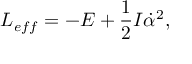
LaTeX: L _ { e f f } = - E + \frac { 1 } { 2 } { \cal I } \dot { \alpha } ^ { 2 } ,